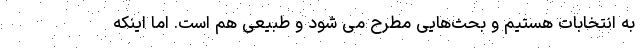
به انتخابات هستیم و بحث‌هایی مطرح می شود و طبیعی هم است. اما اینکه